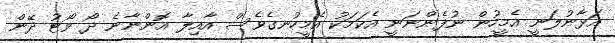
އަޅާނުލަނީ އެމީހުން ނުފެންނަނީ އެކަމަކު އެމީހުނގެވެސް އާއިލާ އޮންނާނެ ދޯ ވޯޓު ދޭން